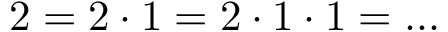
2 = 2 \cdot 1 = 2 \cdot 1 \cdot 1 = \ldots